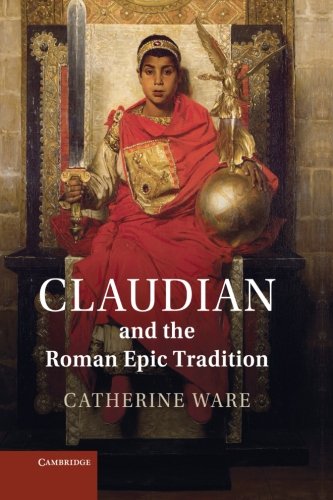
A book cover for Claudian and the Roman Epic Tradition; Catherine Ware; Literature & Fiction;